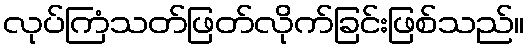
လုပ်ကြံသတ်ဖြတ်လိုက်ခြင်းဖြစ်သည်။